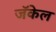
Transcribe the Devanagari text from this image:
जॅकेल